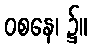
ဝစနေ၊ ၌။